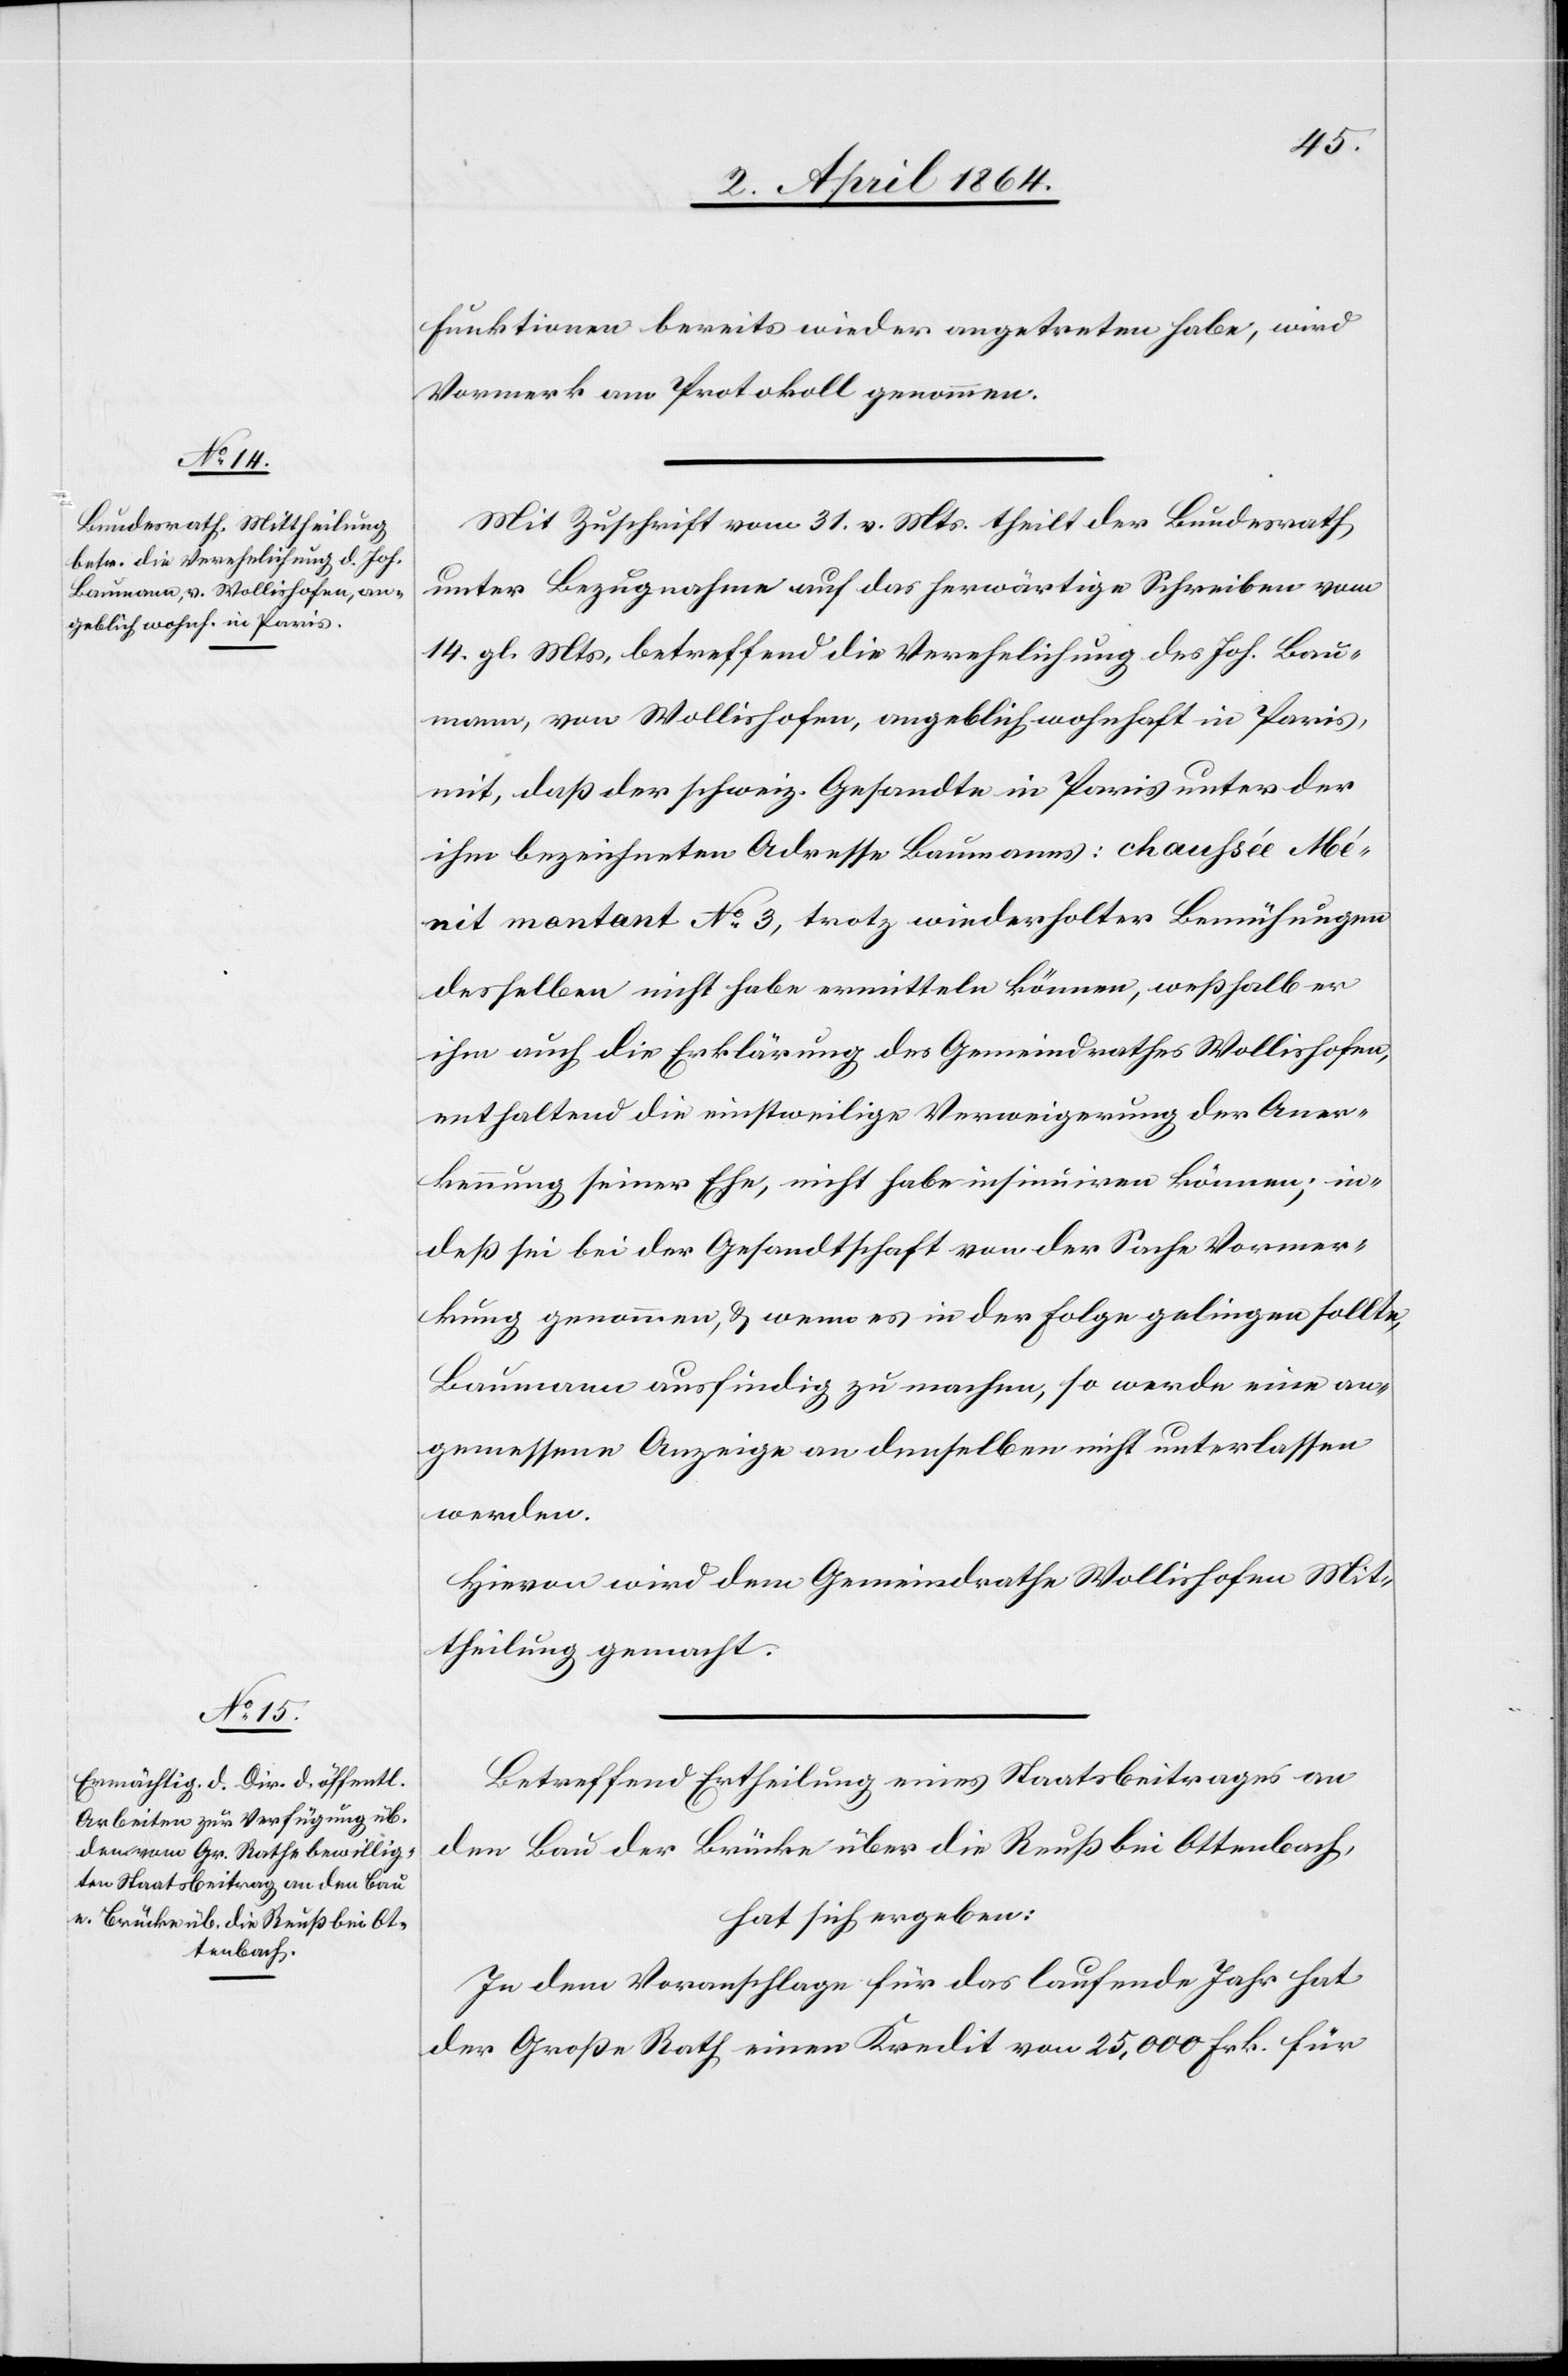
Funktionen bereits wieder angetreten habe, wird
Vormerk am Protokoll genommen.
Mit Zuschrift vom 31. v. Mts. theilt der Bundesrath
unter Bezugnahme auf das herwärtige Schreiben vom
14. gl. Mts, betreffend die Verehelichung des Joh. Bau¬
mann, von Wollishofen, angeblich wohnhaft in Paris,
mit, daß der schweiz Gesandte in Paris unter der
ihm bezeichneten Adresse Baumanns: chaussée Mé¬
nit montant No 3, trotz wiederholter Bemühungen
desselben nicht habe ermitteln können, weßhalb er
ihm auch die Erklärung des Gemeindrathes Wollishofen,
enthaltend die einstweilige Verweigerung der Aner¬
kennung seiner Ehe, nicht habe insinuiren können; in¬
deß sei bei der Gesandtschaft von der Sache Vormer¬
kung genommen, u. wenn es in der Folge gelingen sollte,
Baumann ausfindig zu machen, so werde eine an¬
gemessene Anzeige an denselben nicht unterlassen
werden.
Hievon wird dem Gemeindrathe Wollishofen Mit¬
theilung gemacht.
Betreffend Ertheilung eines Staatsbeitrages an
den Bau der Brücke über die Reuß bei Ottenbach,
hat sich ergeben:
In dem Voranschlage für das laufende Jahr hat
der Große Rath einen Kredit von 25,000 Frk. für